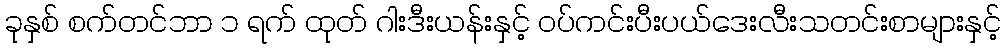
ခုနှစ် စက်တင်ဘာ ၁ ရက် ထုတ် ဂါးဒီးယန်းနှင့် ဝပ်ကင်းပီးပယ်ဒေးလီးသတင်းစာများနှင့်